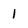
Character: 1